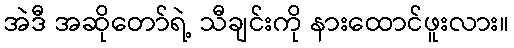
အဲဒီ အဆိုတော်ရဲ့ သီချင်းကို နားထောင်ဖူးလား။